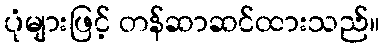
ပုံများဖြင့် တန်ဆာဆင်ထားသည်။